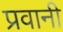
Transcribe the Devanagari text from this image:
प्रवानी